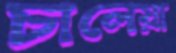
চালেয়া